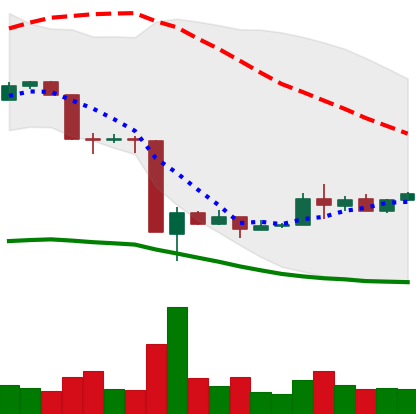
Ticker: EOS-USD
Chart end date: 2020-03-24
Forward return: -9.547%
Label: down_7plus